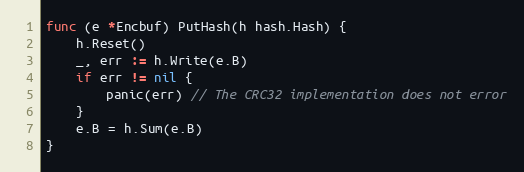
Language: Go
func (e *Encbuf) PutHash(h hash.Hash) {
	h.Reset()
	_, err := h.Write(e.B)
	if err != nil {
		panic(err) // The CRC32 implementation does not error
	}
	e.B = h.Sum(e.B)
}